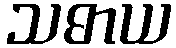
သဓာယ